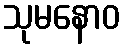
သုမနောဝ